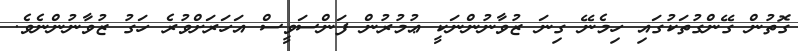
ގޮތުން ގޭންގުތަކުގައި ހިމެނޭ ގިނަ ޒުވާނުންނަކީ ޢުމުރުން ފަންސަވީސް އަހަރަށްވުރެ ހަގު ޒުވާނުންނެވެ.